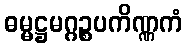
ဓမ္မဋ္ဌမဂ္ဂဉ္စပကိဏ္ဏကံ